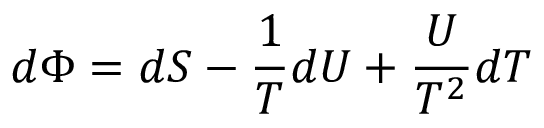
d \Phi = d S - { \frac { 1 } { T } } d U + { \frac { U } { T ^ { 2 } } } d T